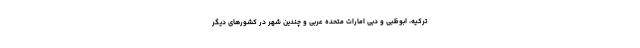
ترکیه، ابوظبی و دبی امارات متحده عربی و چندین شهر در کشورهای دیگر